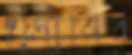
লোনির